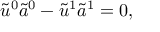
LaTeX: \tilde { u } ^ { 0 } \tilde { a } ^ { 0 } - \tilde { u } ^ { 1 } \tilde { a } ^ { 1 } = 0 ,